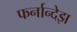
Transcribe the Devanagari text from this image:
फर्नान्देझ